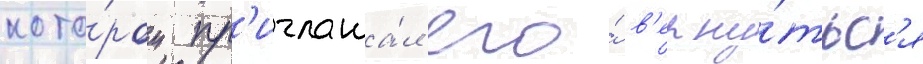
кото́ром пр'иглаша́л его́ в'ерну́тьс'я